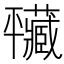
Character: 𢆮